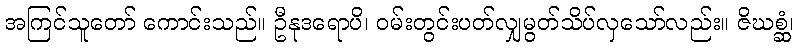
အကြင်သူတော် ကောင်းသည်။ ဦနုဒရောပိ၊ ဝမ်းတွင်းပတ်လျှမွတ်သိပ်လှသော်လည်း။ ဇိဃစ္ဆံ၊